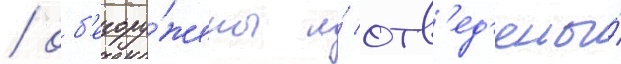
/ об'езору́жены и́ отв'ед'ены́